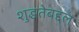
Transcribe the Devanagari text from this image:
शुद्धतेबद्दल